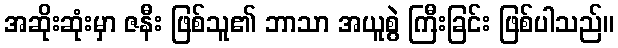
အဆိုးဆုံးမှာ ဇနီး ဖြစ်သူ၏ ဘာသာ အယူစွဲ ကြီးခြင်း ဖြစ်ပါသည်။